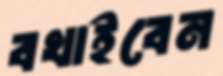
বখাইবেন